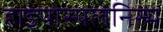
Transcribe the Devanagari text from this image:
हाइपोस्पलेनिस्म